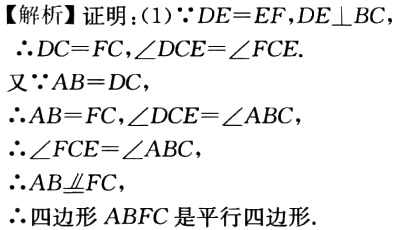
【解析】证明：(1)$\because DE = EF,DE\perp BC$

$\therefore DC = FC,\angle DCE=\angle FCE.$

又$\because AB = DC,$

$\therefore AB = FC,\angle DCE=\angle ABC,$

$\therefore \angle FCE=\angle ABC,$

$\therefore AB\underline{\underline{\parallel}}FC,$

$\therefore$四边形$ABFC$是平行四边形.